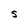
Character: S